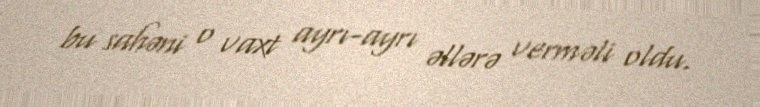
bu sahəni o vaxt ayrı-ayrı əllərə verməli oldu.